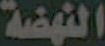
النهضة